Report of the Indian Hemp Drugs Commission, 1894-1895 - Volume IV
Year: 1894
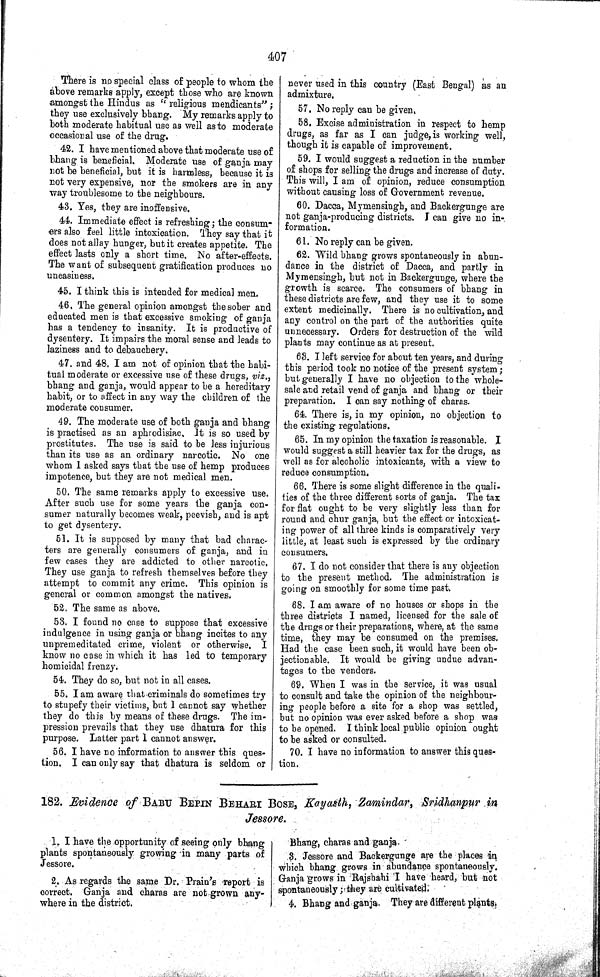
407
There is no special class of people to whom the
above remarks apply, except those who are known
amongst the Hindus as "religious mendicants";
they use exclusively bhang. My remarks apply to
both moderate habitual use as well as to moderate
occasional use of the drug.
42. I have mentioned above that moderate use of
bhang is beneficial. Moderate use of ganja may
not be beneficial, but it is harmless, because it is
not very expensive, nor the smokers are in any
way troublesome to the neighbours.
43. Yes, they are inoffensive.
44. Immediate effect is refreshing; the consum-
ers also feel little intoxication. They say that it
does not allay hunger, but it creates appetite. The
effect lasts only a short time. No after-effects.
The want of subsequent gratification produces no
uneasiness.
45. I think this is intended for medical men.
46. The general opinion amongst the sober and
educated men is that excessive smoking of ganja
has a tendency to insanity. It is productive of
dysentery. It impairs the moral sense and leads to
laziness and to debauchery.
47. and 48. I am not of opinion that the habi-
tual moderate or excessive use of these drugs, viz.,
bhang and ganja, would appear to be a hereditary
habit, or to affect in any way the children of the
moderate consumer.
49. The moderate use of both ganja and bhang
is practised as an aphrodisiac. It is so used by
prostitutes. The use is said to be less injurious
than its use as an ordinary narcotic. No one
whom I asked says that the use of hemp produces
impotence, but they are not medical men.
50. The same remarks apply to excessive use.
After such use for some years the ganja con-
sumer naturally becomes weak, peevish, and is apt
to get dysentery.
51. It is supposed by many that bad charac-
ters are generally consumers of ganja, and in
few cases they are addicted to other narcotic.
They use ganja to refresh themselves before they
attempt to commit any crime. This opinion is
general or common amongst the natives.
52. The same as above.
53. I found no case to suppose that excessive
indulgence in using ganja or bhang incites to any
unpremeditated crime, violent or otherwise, I
know no case in which it has led to temporary
homicidal frenzy.
54. They do so, but not in all cases.
55. I am aware that criminals do sometimes try
to stupefy their victims, but I cannot say whether
they do this by means of these drugs. The im-
pression prevails that they use dhatura for this
purpose. Latter part I cannot answer.
56. I have no information to answer this ques-
tion. I can only say that dhatura is seldom or
never used in this country (East Bengal) as an
admixture.
57. No reply can be given,
58. Excise administration in respect to hemp
drugs, as far as I can judge, is working well,
though it is capable of improvement.
59. I would suggest a reduction in the number
of shops for selling the drugs and increase of duty.
This will, I am of opinion, reduce consumption
without causing loss of Government revenue.
60. Dacca, Mymensingh, and Backergunge are
not ganja-producing districts. I can give no in-
formation.
61. No reply can be given.
62. Wild bhang grows spontaneously in abun-
dance in the district of Dacca, and partly in
Mymensingh, but not in Backergunge, where the
growth is scarce. The consumers of bhang in
these districts are few, and they use it to some
extent medicinally. There is no cultivation, and
any control on the part of the authorities quite
unnecessary. Orders for destruction of the wild
plants may continue as at present.
63. I left service for about ten years, and during
this period took no notice of the present system;
but generally I have no objection to the whole-
sale and retail vend of ganja and bhang or their
preparation. I can say nothing of charas.
64. There is, in my opinion, no objection to
the existing regulations.
65. In my opinion the taxation is reasonable. I
would suggest a still heavier tax for the drugs, as
well as for alcoholic intoxicants, with a view to
reduce consumption.
66. There is some slight difference in the quali-
ties of the three different sorts of ganja. The tax
for flat ought to be very slightly less than for
round and chur ganja, but the effect or intoxicat-
ing power of all three kinds is comparatively very
little, at least such is expressed by the ordinary
consumers.
67. I do not consider that there is any objection
to the present method. The administration is
going on smoothly for some time past.
68. I am aware of no houses or shops in the
three districts I named, licensed for the sale of
the drugs or their preparations, where, at the same
time, they may be consumed on the premises.
Had the case been such, it would have been ob-
jectionable. It would be giving undue advan-
tages to the vendors.
69. When I was in the service, it was usual
to consult and take the opinion of the neighbour-
ing people before a site for a shop was settled,
but no opinion was ever asked before a shop was
to be opened. I think local public opinion ought
to be asked or consulted.
70. I have no information to answer this ques-
tion.
182. Evidence of BABU BEPIN BEHARI BOSE, Kayasth, Zamindar, Sridhanpur in
Jessore.
1. I have the opportunity of seeing only bhang
plants spontaneously growing in many parts of
Jessore.
2. As regards the same Dr. Prain's report is
correct. Ganja and charas are not grown any-
where in the district.
Bhang, charas and ganja.
3. Jessore and Backergunge are the places in
which bhang grows in abundance spontaneously.
Ganja grows in Rajshahi I have heard, but not
spontaneously; they are cultivated.
4. Bhang and ganja. They are different plants.